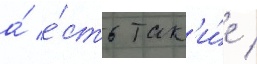
а́ е́сть так'и́е /